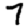
Digit: 7